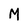
Character: M